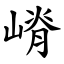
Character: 嵴